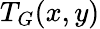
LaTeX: T_{G}(x,y)